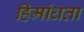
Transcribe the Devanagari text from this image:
हिमांधता